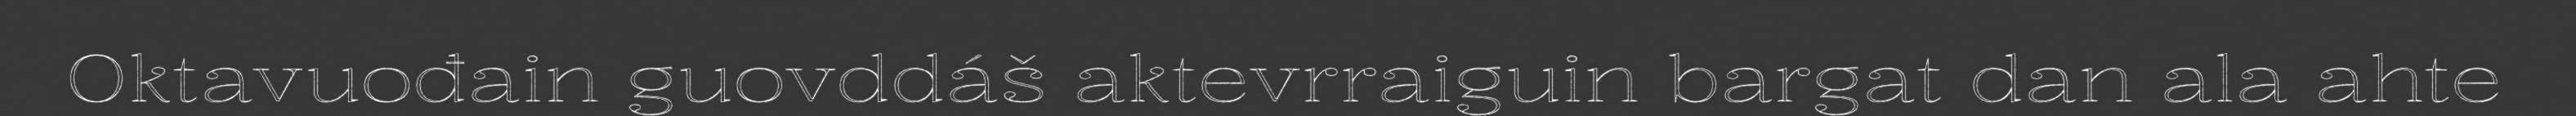
Oktavuođain guovddáš aktevrraiguin bargat dan ala ahte